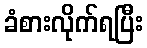
ခံစားလိုက်ရပြီး